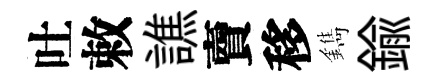
吐敕譙𧶠移鐫鍮